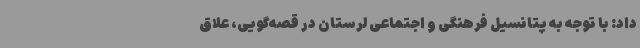
داد: با توجه به پتانسیل فرهنگی و اجتماعی لرستان در قصه‌گویی، علاق